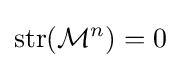
{\text{str}}({\mathcal {M}}^{n})=0